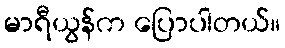
မာရီယွန်က ပြောပါတယ်။